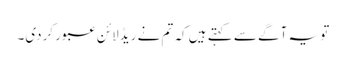
تو یہ آگے سے کہتے ہیں کہ تم نے ریڈلائن عبور کردی۔